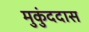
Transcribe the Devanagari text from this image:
मुकुंददास